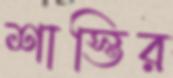
শাস্তির